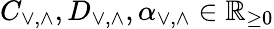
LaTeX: C_{\vee,\wedge},D_{\vee,\wedge},\alpha_{\vee,\wedge}\in\mathbb{R}_{\ge 0}